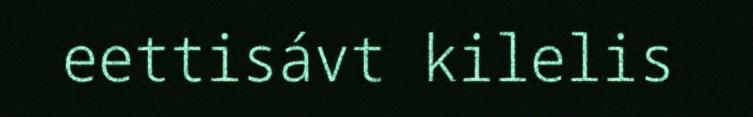
eettisávt kilelis